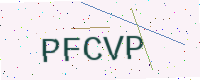
Text: PFCVP